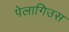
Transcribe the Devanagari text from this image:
पेलागिउस